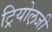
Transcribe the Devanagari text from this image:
ट्रियोल़जी